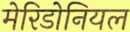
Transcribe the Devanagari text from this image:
मेरिडोनियल